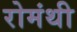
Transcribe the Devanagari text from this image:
रोमंथी